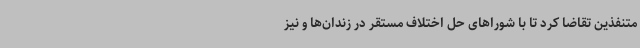
متنفذین تقاضا کرد تا با شوراهای حل اختلاف مستقر در زندان‌ها و نیز